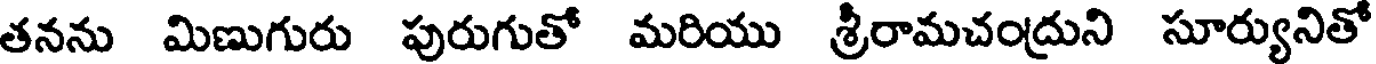
తనను మిణుగురు పురుగుతో మరియు శ్రీరామచంద్రుని సూర్యునితో